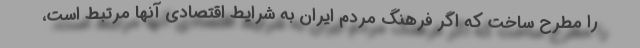
را مطرح ساخت که اگر فرهنگ مردم ایران به شرایط اقتصادی آنها مرتبط است،